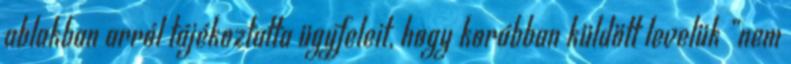
ablakban arról tájékoztatta ügyfeleit, hogy korábban küldött levelük „nem